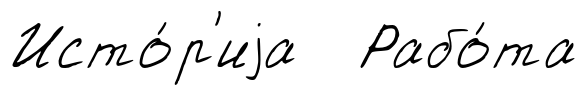
Исто́р'иjа Рабо́та